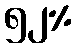
၅၂%